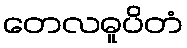
တေလဓူပိတံ